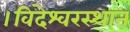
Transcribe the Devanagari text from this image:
।विदेश्वरस्थान